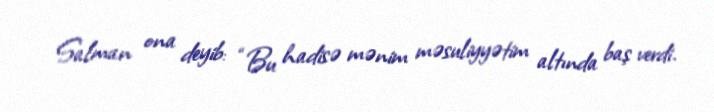
Salman ona deyib: “Bu hadisə mənim məsuliyyətim altında baş verdi.